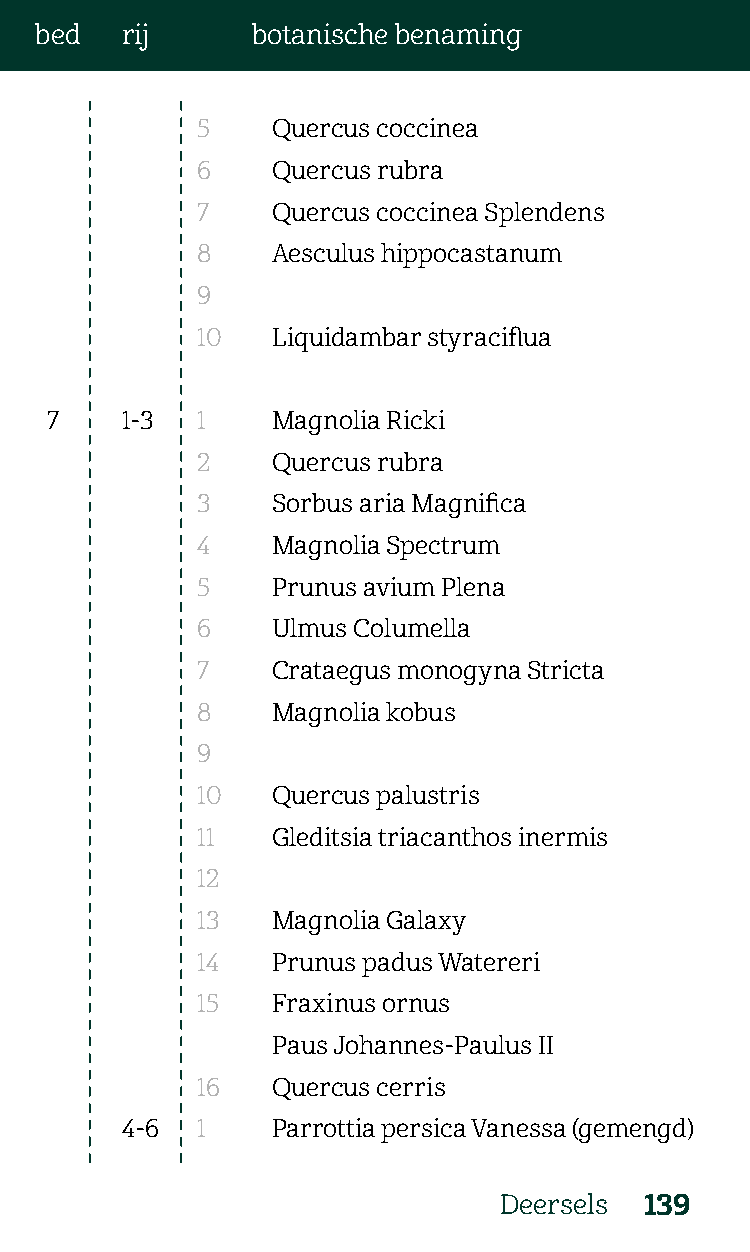
bed   rij      botanische benaming
 5    Quercus coccinea
 6    Quercus rubra
 7    Quercus coccinea Splendens
 8    Aesculus hippocastanum
 9
 10   Liquidambar styraciflua
 7    1-3  1    Magnolia Ricki
 2    Quercus rubra
 3    Sorbus aria Magnifica
 4    Magnolia Spectrum
 5    Prunus avium Plena
 6    Ulmus Columella
 7    Crataegus monogyna Stricta
 8    Magnolia kobus
 9
 10   Quercus palustris
 11   Gleditsia triacanthos inermis
 12
 13   Magnolia Galaxy
 14   Prunus padus Watereri
 15   Fraxinus ornus
 Paus Johannes-Paulus II
 16   Quercus cerris
 4-6  1    Parrottia persica Vanessa (gemengd)
 Deersels  139